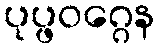
ပုပ္ဖဝဂ္ဂေန